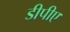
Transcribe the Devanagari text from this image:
डीपीए